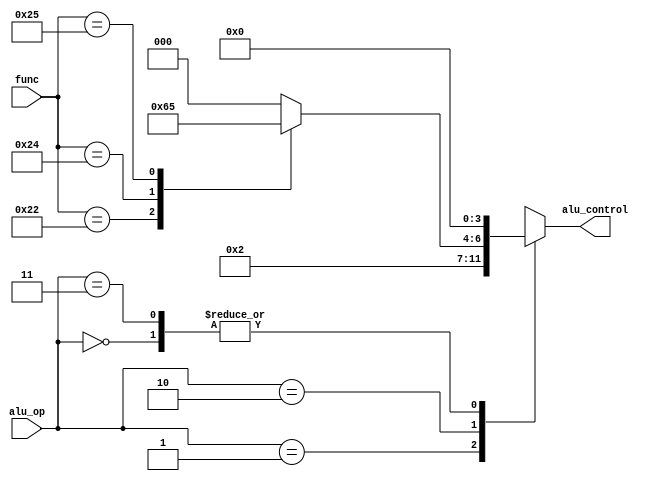
module AluControl(alu_op, func, alu_control);

input wire [1:0] alu_op;
input wire [5:0] func;

output reg [3:0] alu_control;

always @* begin
    case (alu_op)
        0 : begin
            alu_control <= 0;
        end
        1 : begin
            alu_control <= 1;
        end
        2 : begin
            case (func)
                6'b100000 : alu_control <= 0;
                6'b100010 : alu_control <= 1;
                6'b100100 : alu_control <= 4;
                6'b100101 : alu_control <= 5;
                default   : alu_control <= 0;
            endcase
        end
        3 : begin
            alu_control <= 0;
        end
    endcase
end

endmodule